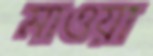
মাওয়া